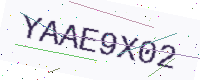
Text: YAAE9X02